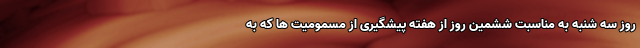
روز سه شنبه به مناسبت ششمین روز از هفته پیشگیری از مسمومیت ها که به